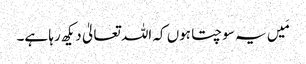
مَیں یہ سوچتا ہوں کہ اللہ تعالیٰ دیکھ رہا ہے۔